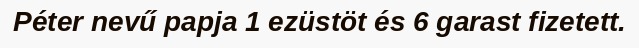
Péter nevű papja 1 ezüstöt és 6 garast fizetett.